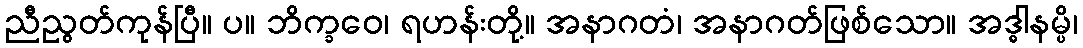
ညီညွတ်ကုန်ပြီ။ ပ။ ဘိက္ခဝေ၊ ရဟန်းတို့။ အနာဂတံ၊ အနာဂတ်ဖြစ်သော။ အဒ္ဓါနမ္ပိ၊